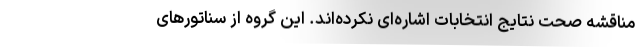
مناقشه صحت نتایج انتخابات اشاره‌ای نکرده‌اند. این گروه از سناتورهای